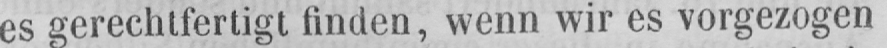
es gerechtfertigt finden, wenn wir es vorgezogen